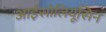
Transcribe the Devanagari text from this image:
आईसोलियूसिन